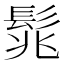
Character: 𩬱